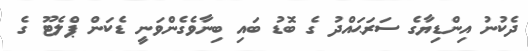
ދެކުނު އިންޑިޔާގެ ސަރަޙައްދު ގެ ބޮޑު ބައި ބިނާވެގެންވަނީ ޑެކަން ޕްލެޓޫ ގެ